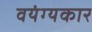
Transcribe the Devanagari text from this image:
वयंग्यकार